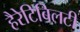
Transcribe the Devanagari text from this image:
हैरेटिबिलटी